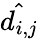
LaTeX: \hat{d_{i,j}}